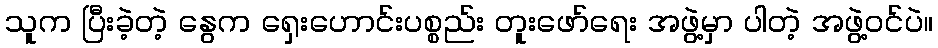
သူက ပြီးခဲ့တဲ့ နွေက ရှေးဟောင်းပစ္စည်း တူးဖော်ရေး အဖွဲ့မှာ ပါတဲ့ အဖွဲ့ဝင်ပဲ။